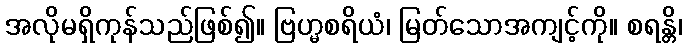
အလိုမရှိကုန်သည်ဖြစ်၍။ ဗြဟ္မစရိယံ၊ မြတ်သောအကျင့်ကို။ စရန္တိ၊